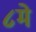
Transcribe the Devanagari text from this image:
८मे